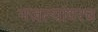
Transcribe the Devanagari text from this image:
मजल्यांवरच